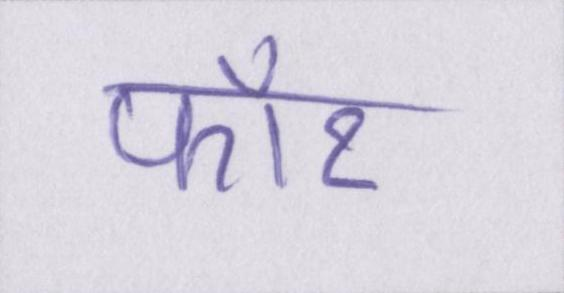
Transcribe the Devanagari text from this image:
फॉर